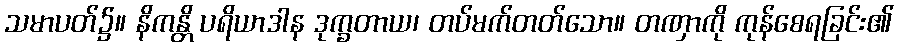
သမာပတ်၌။ နိကန္တိ ပရိယာဒါန ဒုက္ခတာယ၊ တပ်မက်တတ်သော။ တဏှာကို ကုန်စေရခြင်း၏